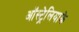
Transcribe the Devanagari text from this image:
ऑस्ट्रेलियाके